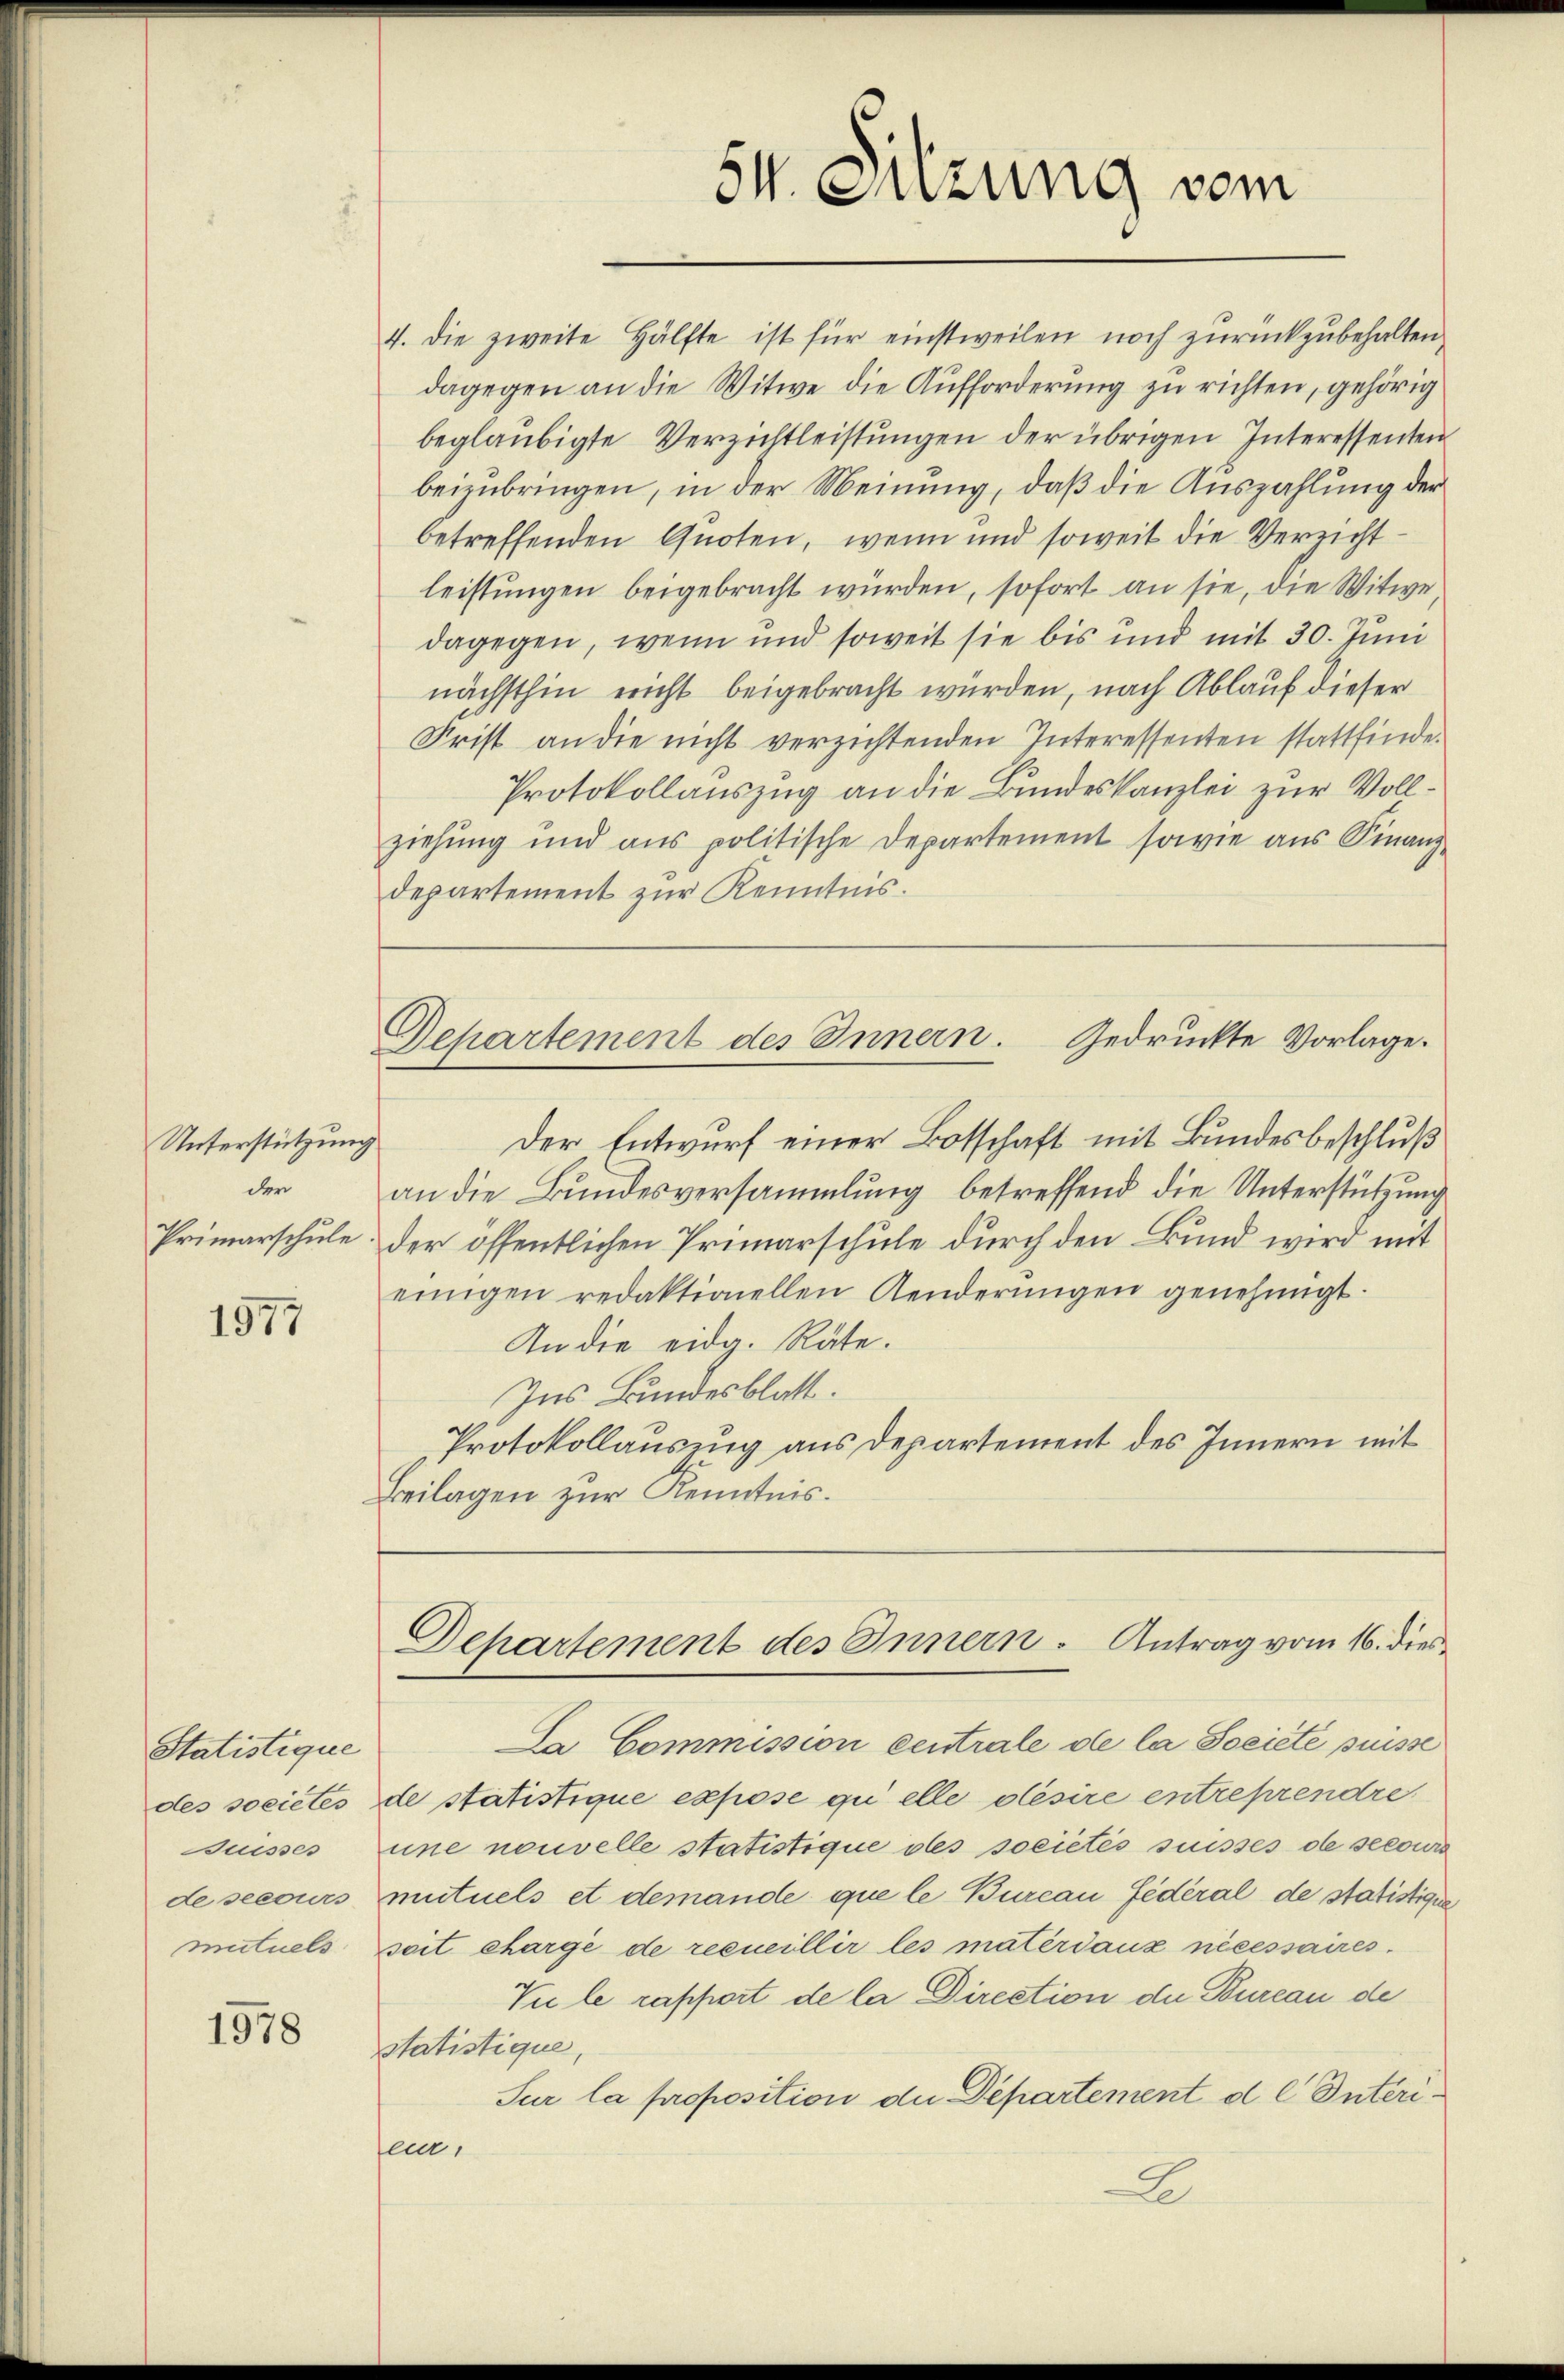
Unterstützung
der
Primarschule

1977

Statistique
des societes
uises
de secours
mutuels

1978

54. Sitzung vom

4. die zweite Hälfte ist für einstweilen noch zurückzubehalten
dagegen an die Witwe die Aufforderung zu richten, gehörig
beglaubigte Verzichtleistungen der übrigen Interessenten
beizubringen, in der Meinung, daß die Auszahlung der
betreffenden Quoten, wenn und soweit die Verzicht
leistungen beigebracht würden, sofort an sie, die Witwe
dagegen, wenn und soweit sie bis und mit 30. Juni
nächsthin ericht beigebracht würden, nach Ablauf dieser
Frist an die nicht verzichtenden Interessenten stattfinde.
Protokollauszug an die Bundeskanzlei zur Vollziehung und aus politische Departement sowie aus Finanz-
departement zur Kenntnis.
Gepartement des Innern. Gedruckte Vorlage.
Der Entwurf einer Botschaft mit Bundesbeschluß
an die Bundesversammlung betreffend die Unterstützung
der öffentlichen Primarschule durch den Bund wird mit
einigen redaktionellen Aenderŭngen genehmigt.
An die eidg. Räte.
Ins Bundesblatt.
Protokollausung aus Departement des Innern mit
Beilagen zur Kenntnis.

Departement des Innern. Antrag vom 16. dies

Da Commission centrale de la Societe puisse
de statistique expose qui elle désire entreprendre
une nouvelle statistique des societés suisses de secours
mutuels et demande que le Bureau fédéral de statistigun
soit chargé de recueillir les matériaux nécessaires.
Viele rapport de la Direction der Bureau de
Statistique,
Sur la proposition die Departement d. l Interifen.
A